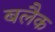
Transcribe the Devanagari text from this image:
बलैक